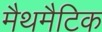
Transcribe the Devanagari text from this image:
मैथमैटिक